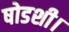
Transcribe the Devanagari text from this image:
षोडशी।